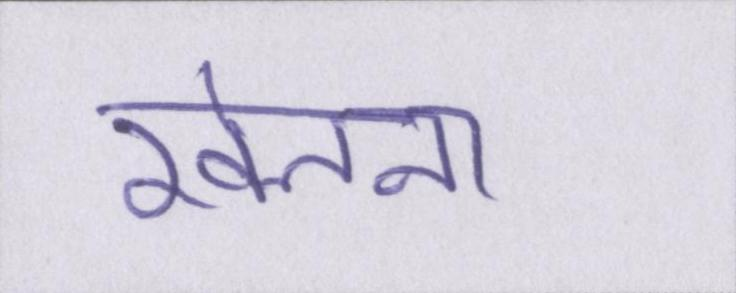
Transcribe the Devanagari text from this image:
खेलना